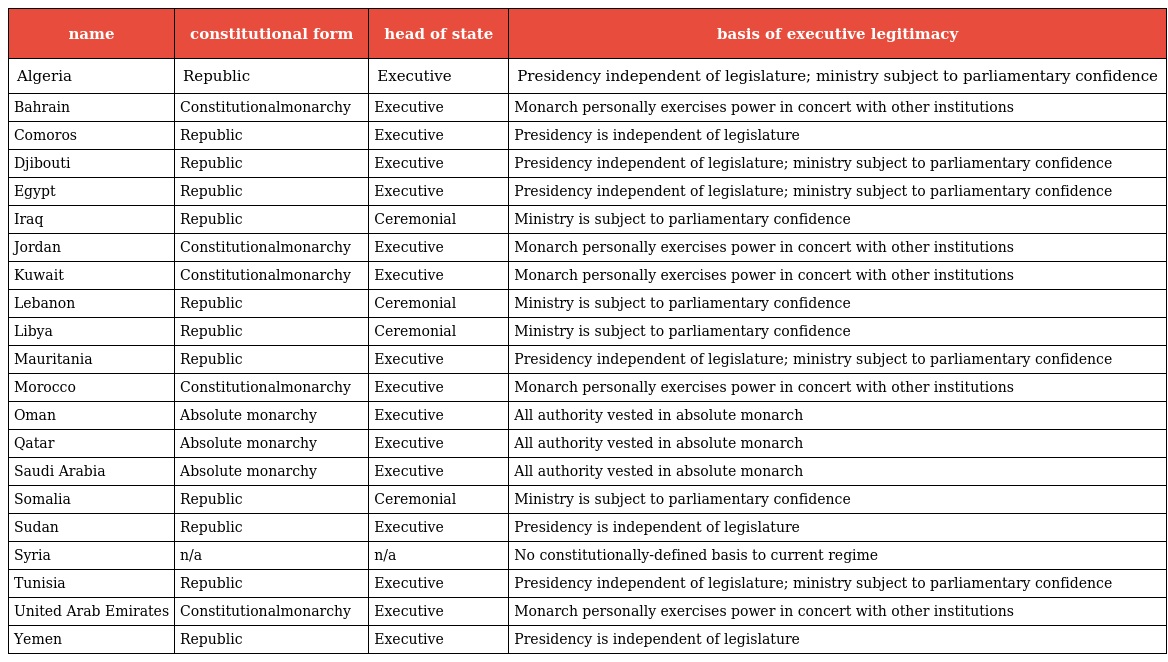
| name | constitutional form | head of state | basis of executive legitimacy |
 | --- | --- | --- | --- |
 | Algeria | Republic | Executive | Presidency independent of legislature; ministry subject to parliamentary confidence |
 | Bahrain | Constitutionalmonarchy | Executive | Monarch personally exercises power in concert with other institutions |
 | Comoros | Republic | Executive | Presidency is independent of legislature |
 | Djibouti | Republic | Executive | Presidency independent of legislature; ministry subject to parliamentary confidence |
 | Egypt | Republic | Executive | Presidency independent of legislature; ministry subject to parliamentary confidence |
 | Iraq | Republic | Ceremonial | Ministry is subject to parliamentary confidence |
 | Jordan | Constitutionalmonarchy | Executive | Monarch personally exercises power in concert with other institutions |
 | Kuwait | Constitutionalmonarchy | Executive | Monarch personally exercises power in concert with other institutions |
 | Lebanon | Republic | Ceremonial | Ministry is subject to parliamentary confidence |
 | Libya | Republic | Ceremonial | Ministry is subject to parliamentary confidence |
 | Mauritania | Republic | Executive | Presidency independent of legislature; ministry subject to parliamentary confidence |
 | Morocco | Constitutionalmonarchy | Executive | Monarch personally exercises power in concert with other institutions |
 | Oman | Absolute monarchy | Executive | All authority vested in absolute monarch |
 | Qatar | Absolute monarchy | Executive | All authority vested in absolute monarch |
 | Saudi Arabia | Absolute monarchy | Executive | All authority vested in absolute monarch |
 | Somalia | Republic | Ceremonial | Ministry is subject to parliamentary confidence |
 | Sudan | Republic | Executive | Presidency is independent of legislature |
 | Syria | n/a | n/a | No constitutionally-defined basis to current regime |
 | Tunisia | Republic | Executive | Presidency independent of legislature; ministry subject to parliamentary confidence |
 | United Arab Emirates | Constitutionalmonarchy | Executive | Monarch personally exercises power in concert with other institutions |
 | Yemen | Republic | Executive | Presidency is independent of legislature |